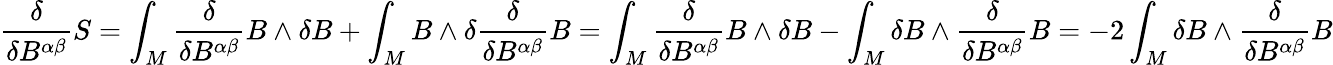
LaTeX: {\frac{\delta}{\delta B^{\alpha\beta}}}S=\int_{M}{\frac{\delta}{\delta B^{\alpha\beta}}}B\wedge\delta B+\int_{M}B\wedge\delta{\frac{\delta}{\delta B^{\alpha\beta}}}B=\int_{M}{\frac{\delta}{\delta B^{\alpha\beta}}}B\wedge\delta B-\int_{M}\delta B\wedge{\frac{\delta}{\delta B^{\alpha\beta}}}B=-2\int_{M}\delta B\wedge{\frac{\delta}{\delta B^{\alpha\beta}}}B